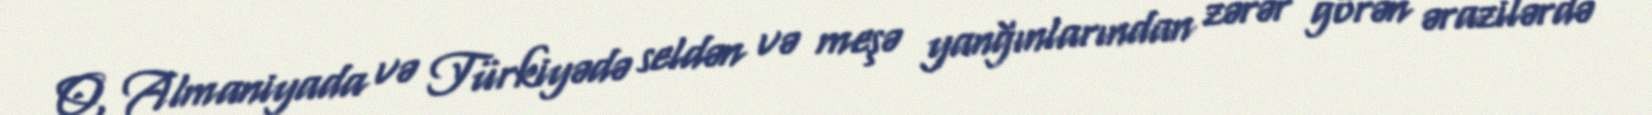
O, Almaniyada və Türkiyədə seldən və meşə yanğınlarından zərər görən ərazilərdə